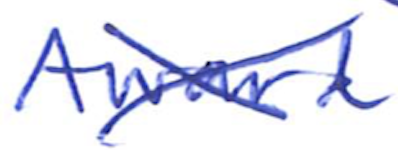
Text: Award
Cross-out: cross
Writing tool: ballpoint